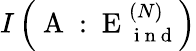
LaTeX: I\left(\mathrm{~A~}:\mathrm{~E~}_{\mathrm{~i~n~d~}}^{(N)}\right)